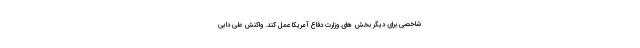
شاخصی برای دیگر بخش های وزارت دفاع آمریکا عمل کند. واکنش علی دایی